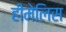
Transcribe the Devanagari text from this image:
हीमेलिस